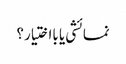
نمائشی یا بااختیار؟